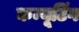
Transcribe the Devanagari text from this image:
कम्यूटिंग